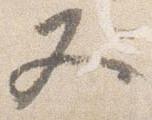
又